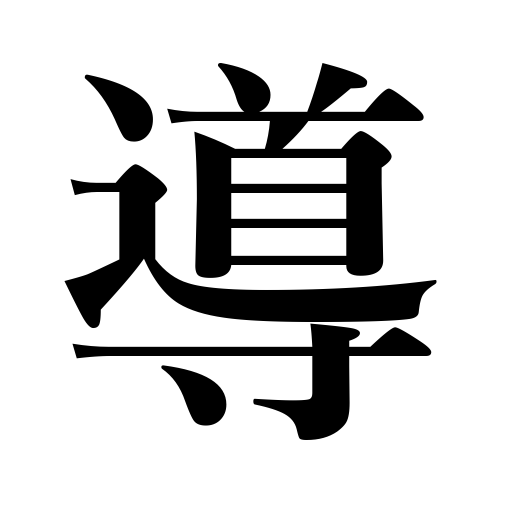
Meanings: lead,conduct,leading,usher,guide